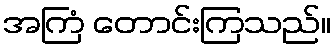
အကြံ တောင်းကြသည်။